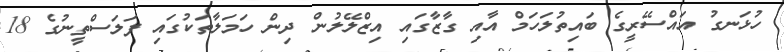
ހުޅަނގު އައްސޭރީގެ ބައިތުލަހަމް އާއި ގާޒާގައި އިޒްލޭލުން ދިން ހަމަލާތަކުގައި ފަލަސްތީނުގެ 18